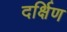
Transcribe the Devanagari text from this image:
दर्क्षिण